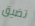
تضيق